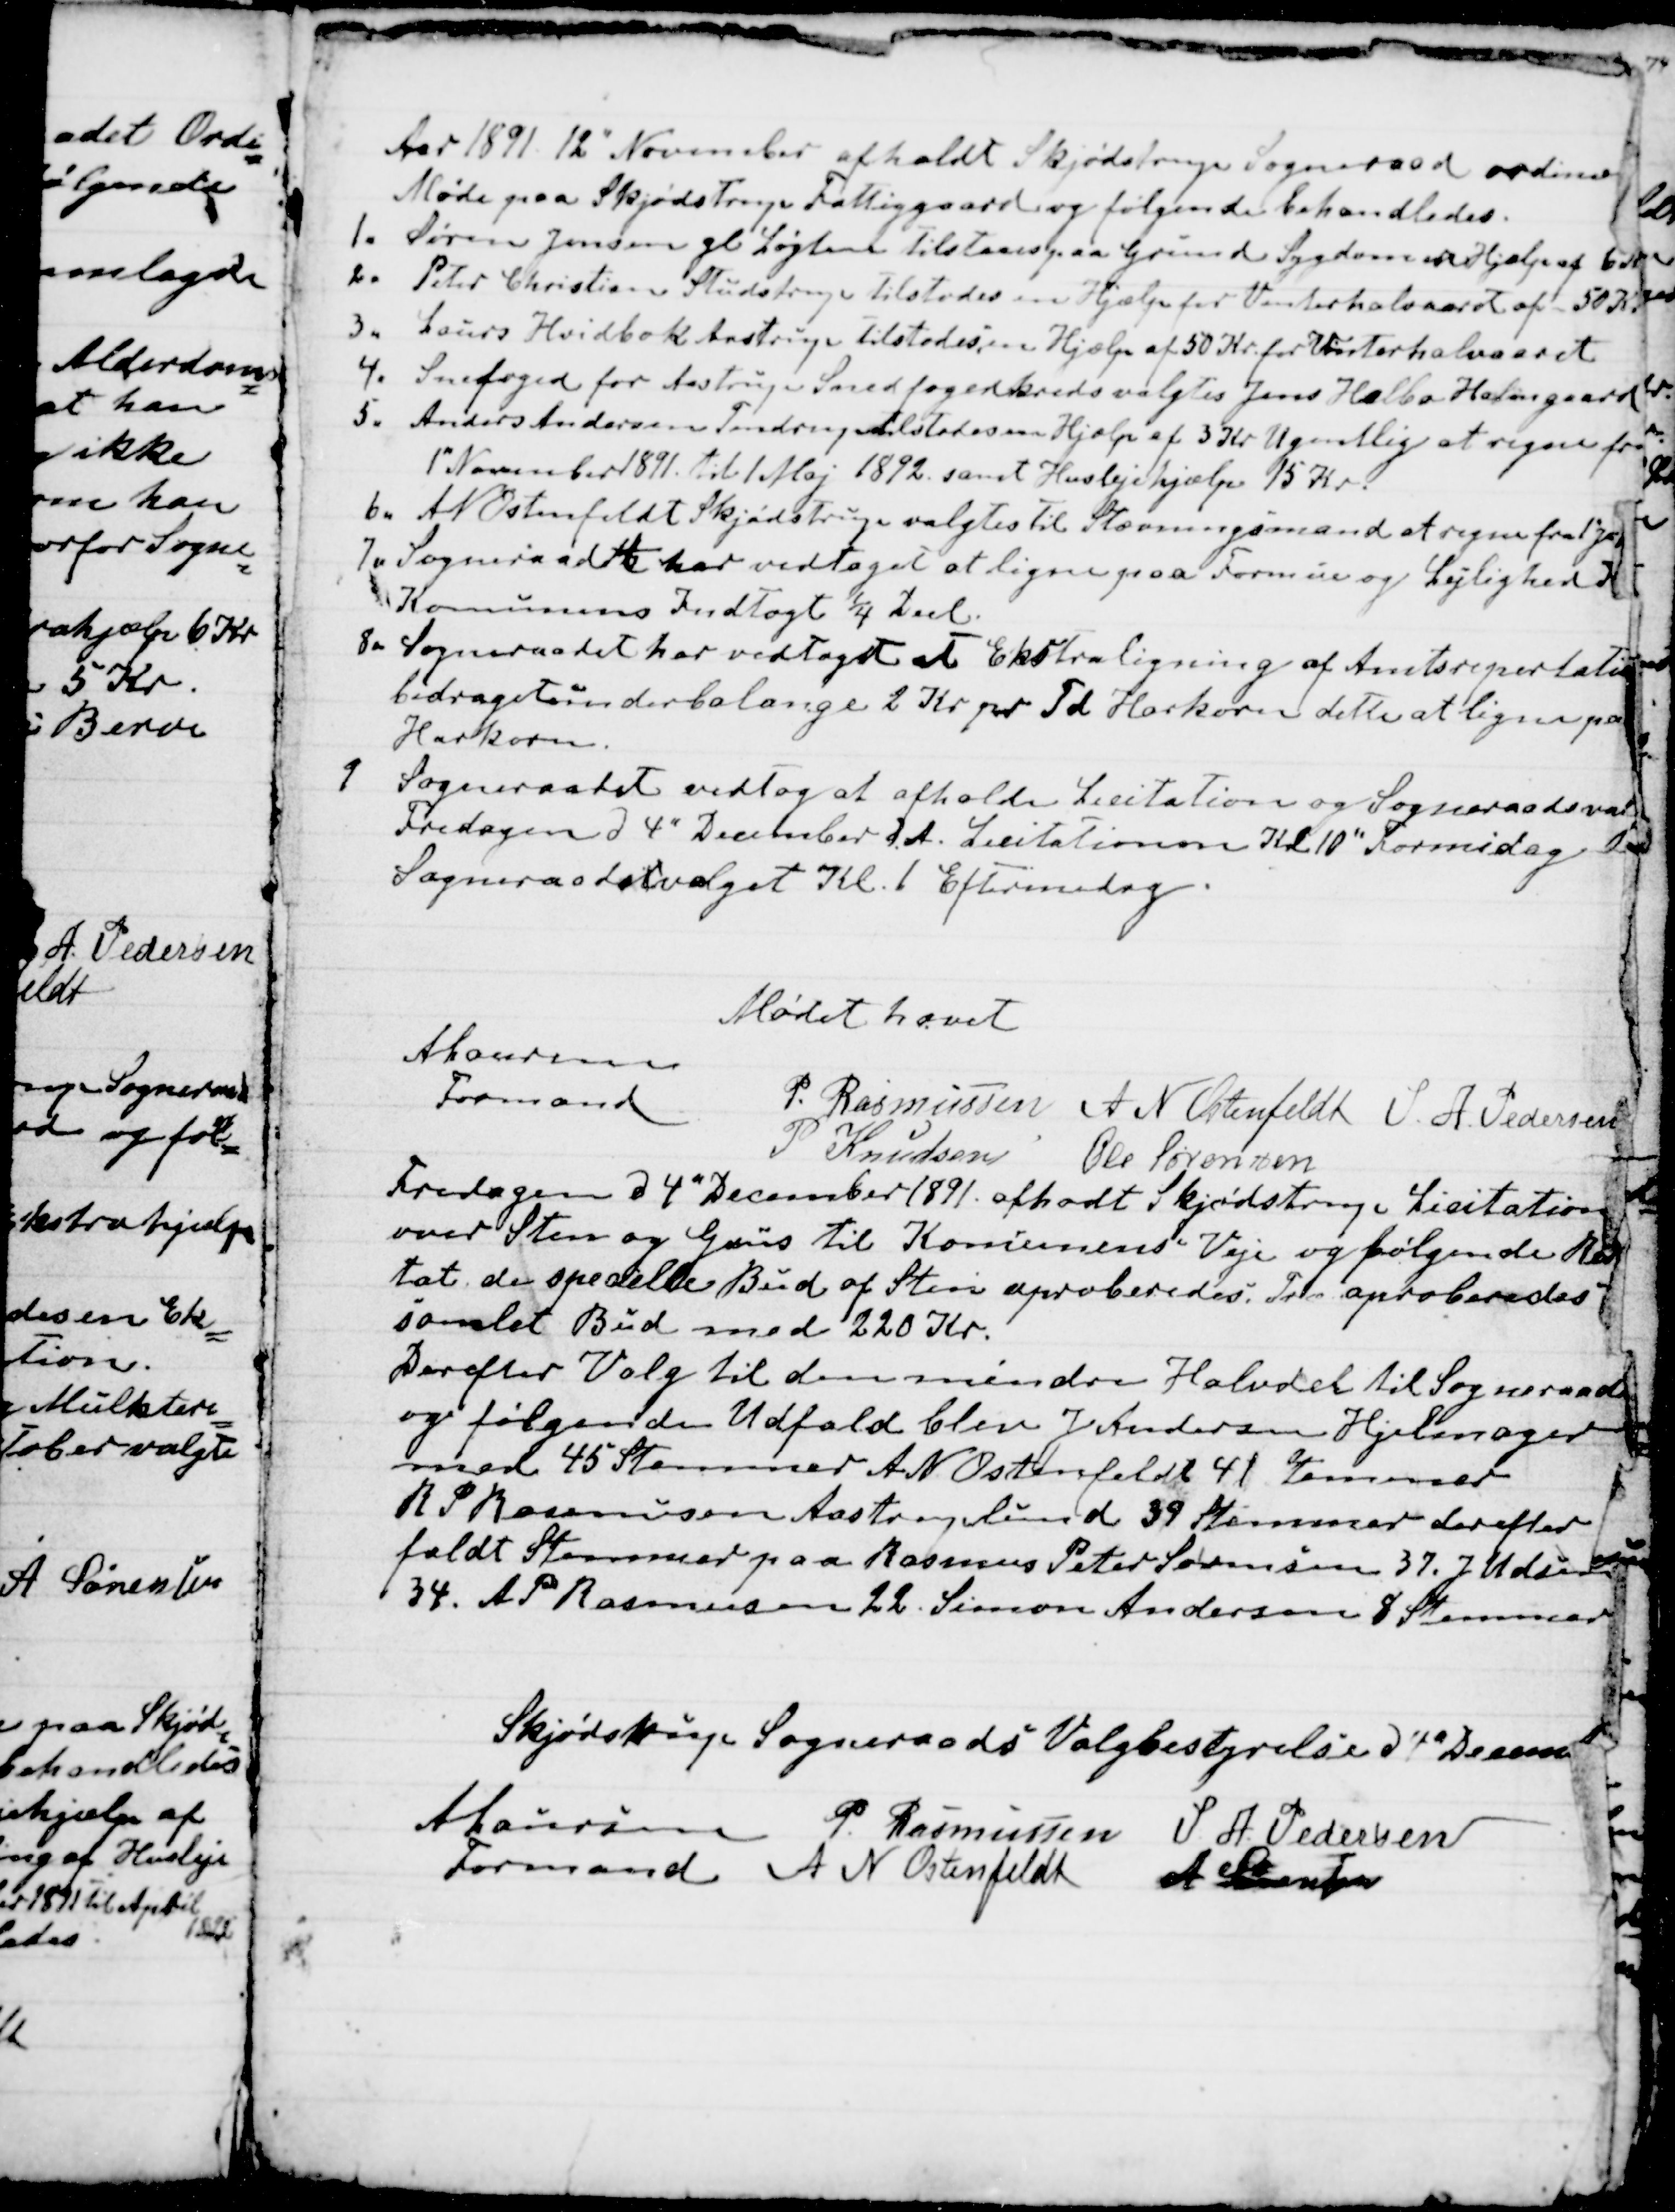
Transskription:
Aar 1891 12 " November afholdt Skjødstrup Sogneraad ordinær 
Møde paa Skjødstrup Fattiggaard og følgende behandledes.
1. Søren Jensen gl Løgten tilstodes paa Grund af Sygdom en Hjælp af 6 Kr.
2. Peter Christian Studstrup tilstodes en Hjælp for Vinterhalvaaret af 50 Kr.
3. Laurs Hvidbak Aastrup tilstodes en Hjælp  af 50 Kr. for Vinterhalvaaret
4. Snefoged for Aastrup Snefogedkreds valgtes Jens Helbo Holmgaard
5. Anders Andersen Tendrup tilstodes en Hjælp af 3 Kr Ugentlig at regne fra
1" November 1891 til 1 Maj 1892 samt Huslejehjælp 15 Kr.
6. A N Ostenfeldt Skjødstrup valgtes til Stævningsmand at regne fra 1" Ja
7. Sogneraadet har vedtaget at ligne paa Formue og Lejlighed 
Kommunens indtægt ¼  Deel.
8. Sogneraadet har vedtaget at Ekstraligning af Amtsrepertatio
bidraget underbalange 2 Kr pr Td Harkorn dette at ligne pa
Harkorn.
9 Sogneraadet vedtog at afholde Lisitation og Sogneraadsval
Fredagen d 4" December d. A. Lisitationen Kl. 10" Formiddag 
Sogneraadsvalget Kl.1 Eftermiddag
Mødet hævet
A Laursen
Formand
P. Rasmussen
A N Ostenfeldt
S. A. Pedersen
P Knudsen
Ole Sørensen

Fredagen d 4" December 1891 afholdt Skjødstrup Lisitation
over Sten og Grus til Kommunens Veje og følgende Res
tat, de specielle Bud af Sten aproberedes. Der aproberedes
samlet Bud med 220 Kr.
Derefter Valg til den mindre Halvdel til Sogneraade
og følgende Udfald blev J Andersen Hjelmager
med 45 Stemmer A N Ostenfeldt 41  Stemmer  
R P Rasmussen Aastruplund 39 Stemmer derefter 
 faldt Stemmer paa Rasmus Peter Sørensen 37. J Udsen 
34. A P Rasmussen 22. Simon Andersen 8 Stemmer
Skjødstrup Sogneraads Valgbestyrelse d 4"  December
A Laursen
Formand
P. Rasmussen
S. A. Pedersen
A N Ostenfeldt
A Sørensen